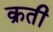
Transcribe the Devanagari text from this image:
क्रती